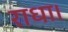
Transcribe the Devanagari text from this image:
राधा।